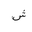
Letter: _shin